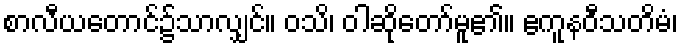
စာလီယတောင်၌သာလျှင်။ ဝသိ၊ ဝါဆိုတော်မူ၏။ ဧကူနဝီသတိမံ၊